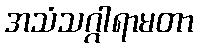
အသံသဂ္ဂါရာမတာ